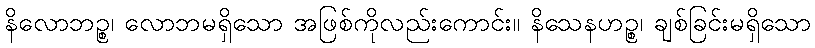
နိလောဘဉ္စ၊ လောဘမရှိသော အဖြစ်ကိုလည်းကောင်း။ နိသေနဟဉ္စ၊ ချစ်ခြင်းမရှိသော